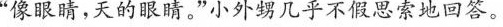
”像眼睛，天的眼睛。”小外甥几乎不假思索地回答。